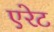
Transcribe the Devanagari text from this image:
एरेट